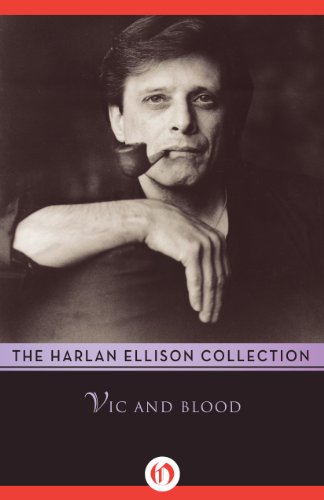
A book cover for Vic and Blood; Harlan Ellison; Science Fiction & Fantasy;